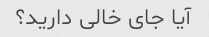
آیا جای خالی دارید؟